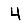
Digit: 4